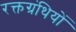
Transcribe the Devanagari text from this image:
रक्तग्रंथियों